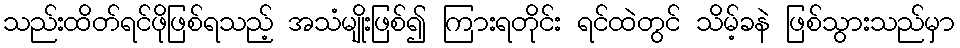
သည်းထိတ်ရင်ဖိုဖြစ်ရသည့် အသံမျိုးဖြစ်၍ ကြားရတိုင်း ရင်ထဲတွင် သိမ့်ခနဲ ဖြစ်သွားသည်မှာ